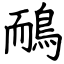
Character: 鴯